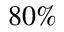
8 0 \%